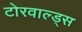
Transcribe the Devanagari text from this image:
टोरवाल्ड्स